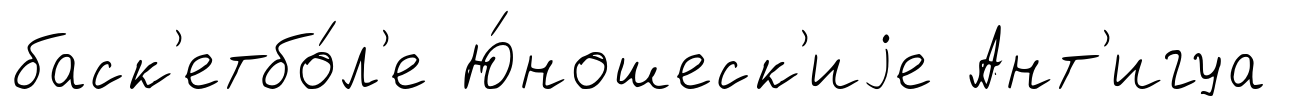
баск'етбо́л'е Ю́ношеск'иjе Ант'игуа